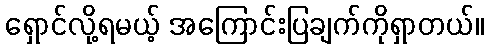
ရှောင်လို့ရမယ့် အကြောင်းပြချက်ကိုရှာတယ်။